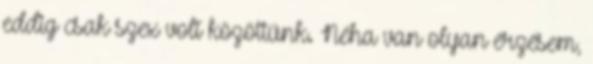
eddig csak szex volt közöttünk. Néha van olyan érzésem,